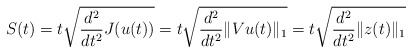
\begin{align*}S(t) = t \sqrt{ \frac{d^2}{dt^2}J(u(t))} = t \sqrt{ \frac{d^2}{dt^2} \|Vu(t)\|_1 } = t \sqrt{ \frac{d^2}{dt^2} \|z(t)\|_1}\end{align*}